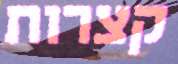
קצרות